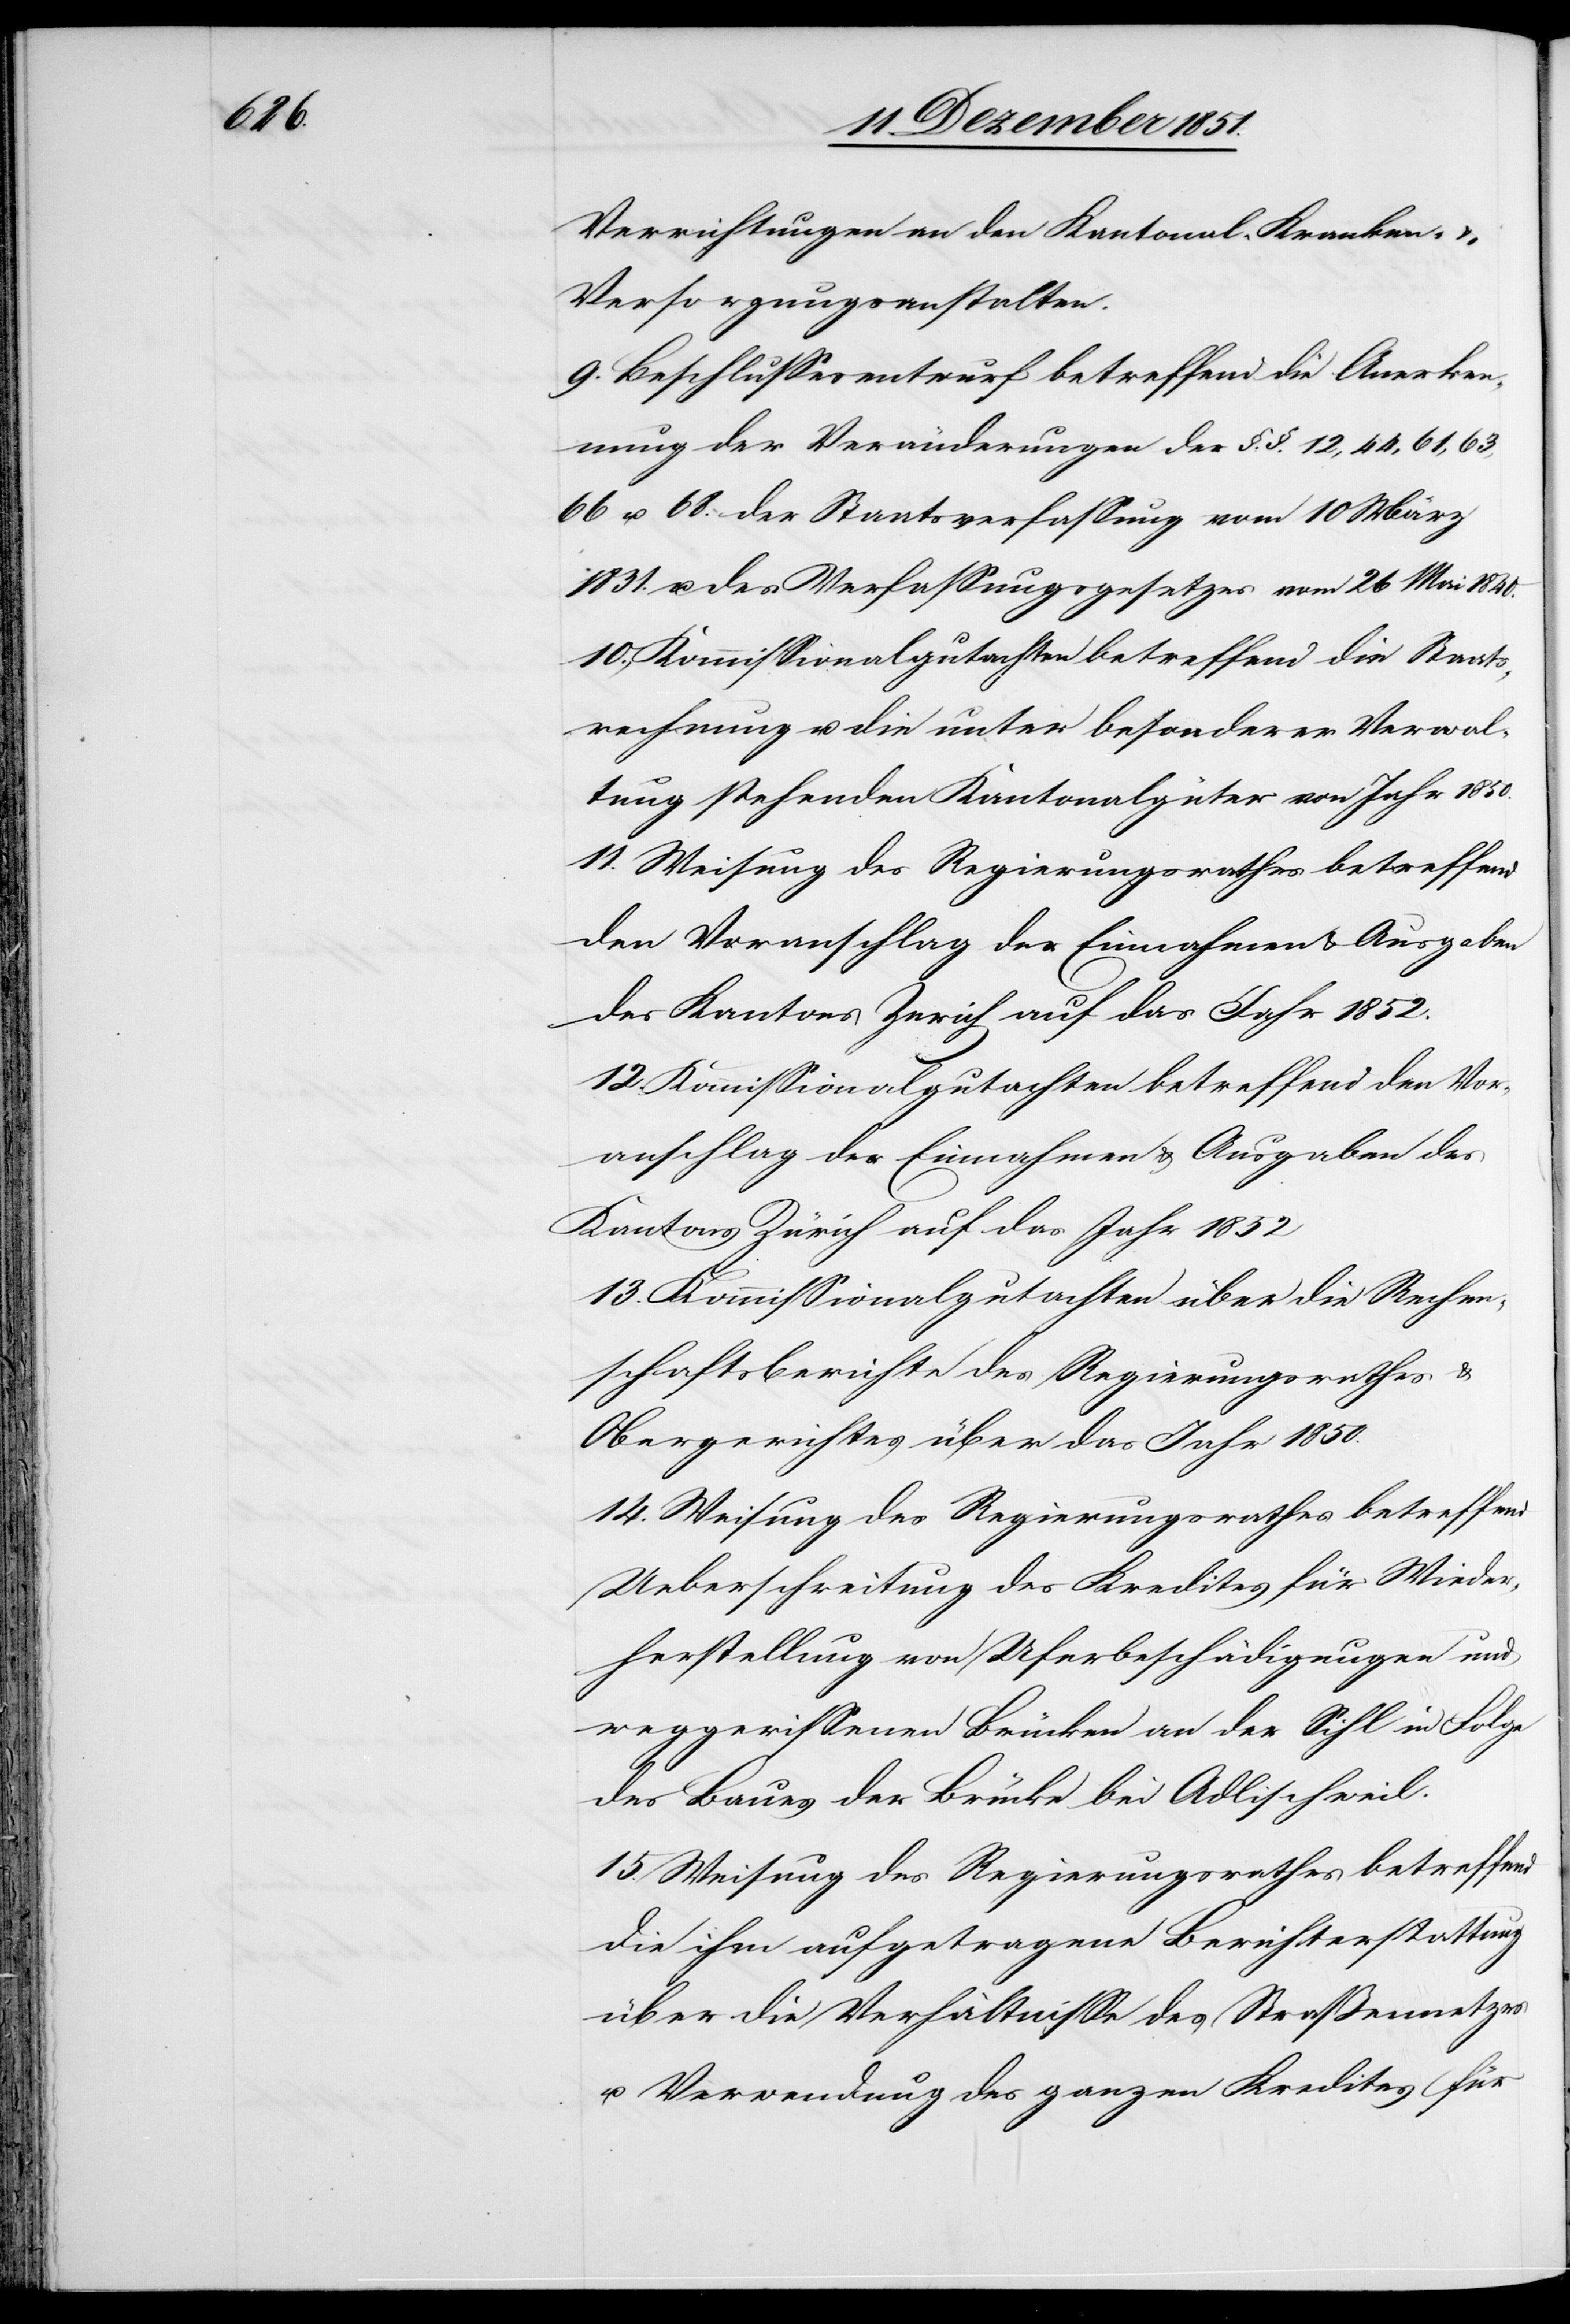
Verrichtungen an den Kantonal-Kranken- &
Versorgungsanstalten.
9. Beschlussesentwurf betreffend die Anerken¬
nung der Veränderungen der §.§. 12, 44, 61, 63,
66 u. 68. der Staatsverfassung vom 10 März
1831. u. des Verfassungsgesetzes vom 26 Mai 1840.
10., Kommissionalgutachten betreffend die Staats¬
rechnung u. die unter besonderer Verwal¬
tung stehenden Kantonalgüter von Jahr 1850.
11. Weisung des Regierungsrathes betreffend
den Voranschlag der Einnahmen & Ausgaben
12. Kommissionalgutachten betreffend den Vor¬
anschlag der Einnahmen & Ausgaben des
Kantons Zürich auf das Jahr 1852
13. Kommissionalgutachten über die Rechen¬
schaftsberichte des Regierungsrathes &
Obergerichtes über das Jahr 1850.
14. Weisung des Regierungsrathes betreffend
Ueberschreitung des Kredites für Wieder¬
herstellung von Uferbeschädigungen und
weggerissenen Brücken an der Sihl in Folge
des Baues der Brücke bei Adlischweil.
15. Weisung des Regierungsrathes betreffend
die ihm aufgetragene Berichterstattung
über die Verhältnisse des Straßennetzes
u. Verwendung des ganzen Kredites für